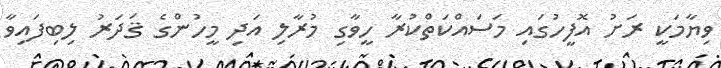
ވިޔާމަކީ ރަށު އޮފީހުގައި މަސައްކަތްކުރާ ހީވާގި މުރާލި އަދި މީހުންގެ ޤަދަރު ލިބިފައިވާ